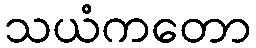
သယံကတော